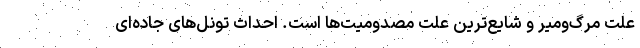
علت مرگ‌ومیر و شایع‌ترین علت مصدومیت‌ها است. احداث تونل‌های جاده‌ای